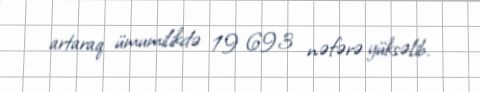
artaraq ümumilikdə 19 693 nəfərə yüksəlib.